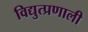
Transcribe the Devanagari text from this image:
विद्युत्प्रणाली